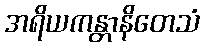
အရိယကန္တာနိတေသံ